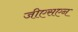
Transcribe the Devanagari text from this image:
जीएसएन